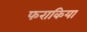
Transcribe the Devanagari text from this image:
फराकिया